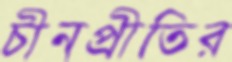
চীনপ্রীতির